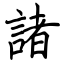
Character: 諸